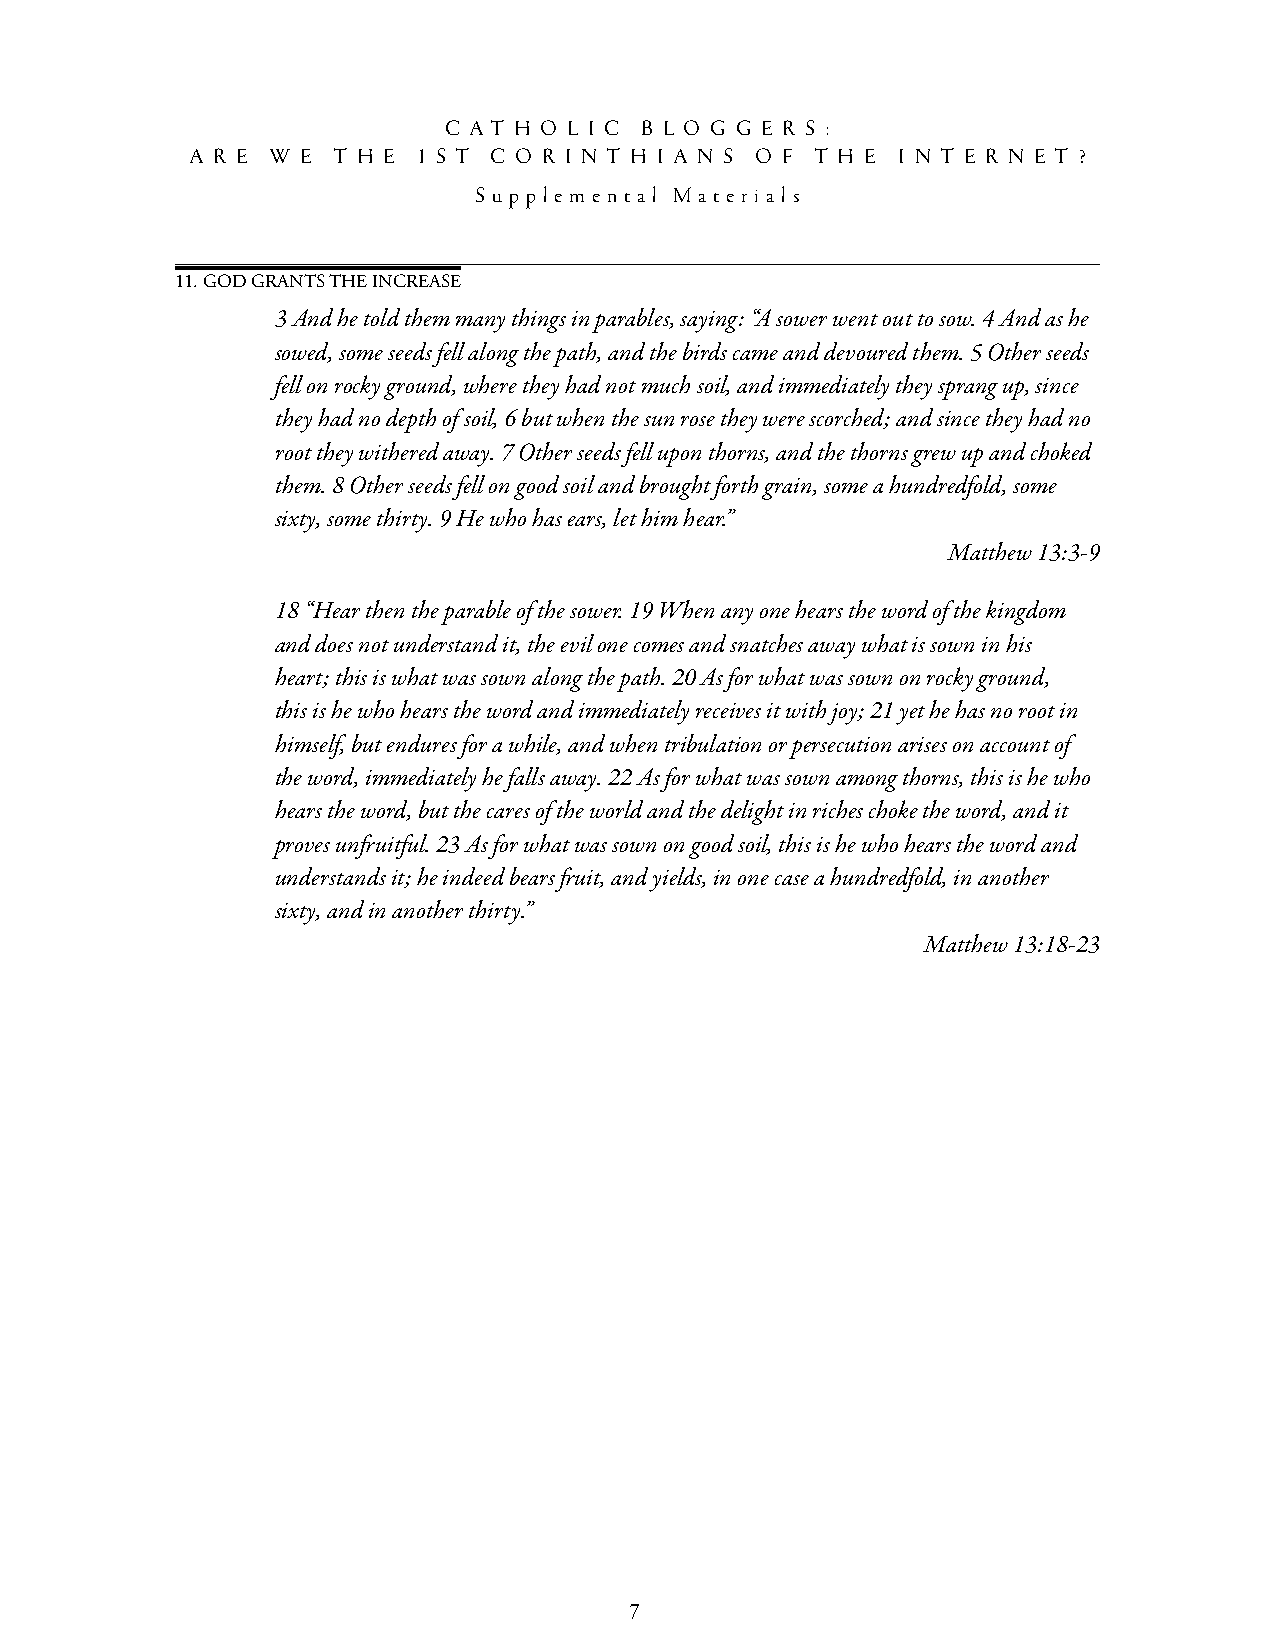
c a t h o l i c b l o g g e r s :
 a r e w e t h e 1 s t c o r i n t h i a n s o f t h e i n t e r n e t ?
 s u p p l e m e n t a l M a t e r i a l s
 11. goD grants the Increase
 3 And he told them many things in parables, saying: “A sower went out to sow. 4 And as he
 sowed, some seeds fell along the path, and the birds came and devoured them. 5 Other seeds
 fell on rocky ground, where they had not much soil, and immediately they sprang up, since
 they had no depth of soil, 6 but when the sun rose they were scorched; and since they had no
 root they withered away. 7 Other seeds fell upon thorns, and the thorns grew up and choked
 them. 8 Other seeds fell on good soil and brought forth grain, some a hundredfold, some
 sixty, some thirty. 9 He who has ears, let him hear.”
 Matthew 13:3-9
 18 “Hear then the parable of the sower. 19 When any one hears the word of the kingdom
 and does not understand it, the evil one comes and snatches away what is sown in his
 heart; this is what was sown along the path. 20 As for what was sown on rocky ground,
 this is he who hears the word and immediately receives it with joy; 21 yet he has no root in
 himself, but endures for a while, and when tribulation or persecution arises on account of
 the word, immediately he falls away. 22 As for what was sown among thorns, this is he who
 hears the word, but the cares of the world and the delight in riches choke the word, and it
 proves unfruitful. 23 As for what was sown on good soil, this is he who hears the word and
 understands it; he indeed bears fruit, and yields, in one case a hundredfold, in another
 sixty, and in another thirty.”
 Matthew 13:18-23
 7